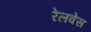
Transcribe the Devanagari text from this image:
रेलवेस